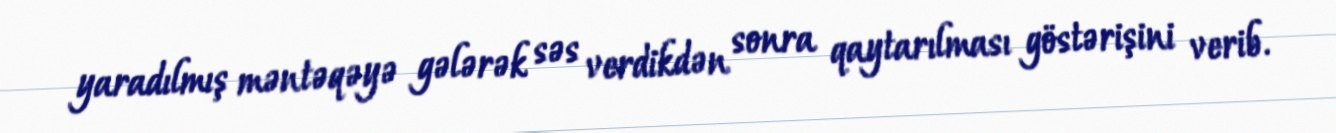
yaradılmış məntəqəyə gələrək səs verdikdən sonra qaytarılması göstərişini verib.